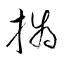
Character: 撝